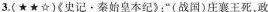
3.(★★☆)《史记·秦始皇本纪》：”(战国)庄襄王死，政